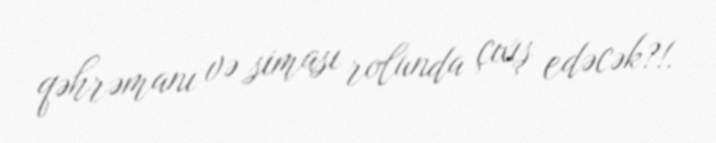
qəhrəmanı və siması rolunda çıxış edəcək?!.